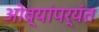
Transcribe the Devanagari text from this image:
ओव्यांपर्यंत